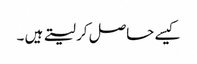
کیسے حاصل کر لیتے ہیں ۔